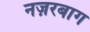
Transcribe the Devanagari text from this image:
नज़रबाग